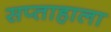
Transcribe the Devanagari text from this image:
सप्‍ताहाला